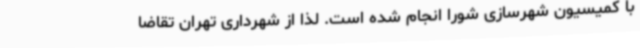
با کمیسیون شهرسازی شورا انجام شده است. لذا از شهرداری تهران تقاضا